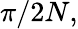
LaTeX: {\pi}/{2N},